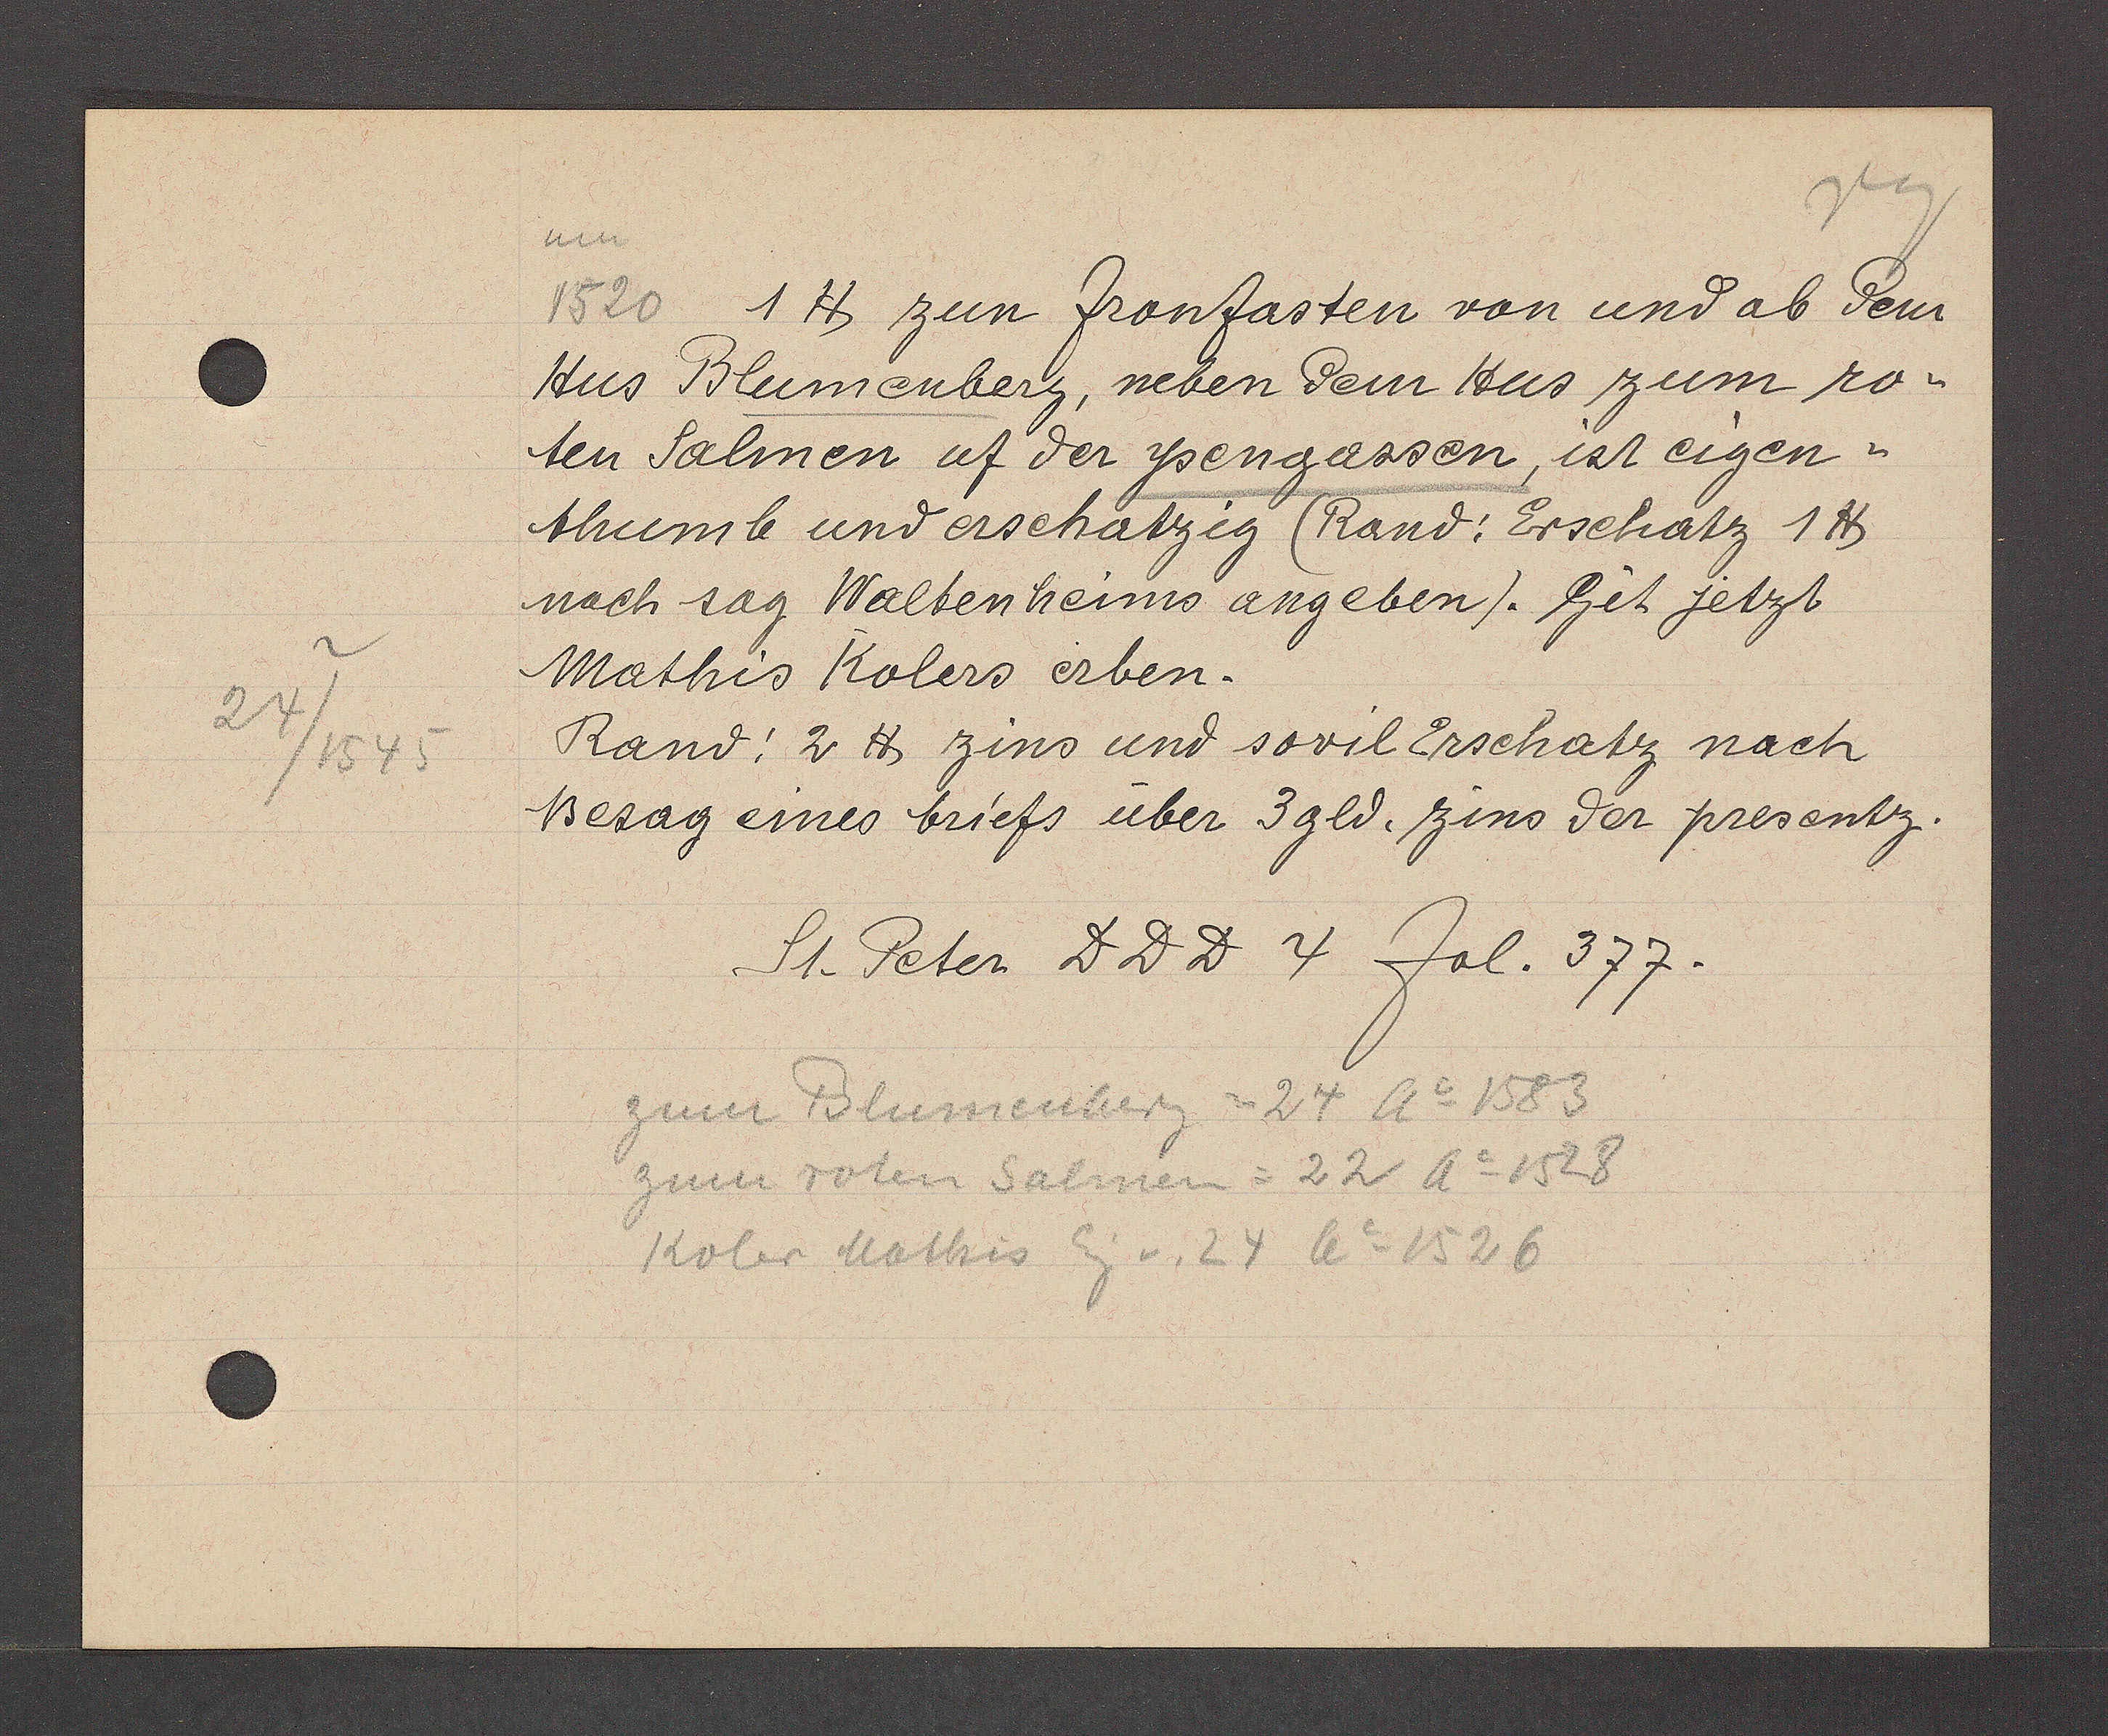
Transcript:
24/1545

1520 1 ℔ zun fronfasten von und ab dem
Hus Blumenberg, neben dem Hus zum ro¬
ten Salmen uf der ysengassen, ist eigen¬
thumub und erschatzig (Rand: Erschatz 1℔
nach sag Waltenheims angeben). Git jetzt
Mathis Kolers erben.
Rand: 2 ℔ zins und sovil Erschatz nach
Besag eines briefs über 3 gld. zins der presentz.
St. Peter DDD 4 fol. 377.
zum Blumenberg =24 Ao 1583
zum roten Salmen = 22 Ao 1528
Koler Mathis Eg v. 24 Ao 1526